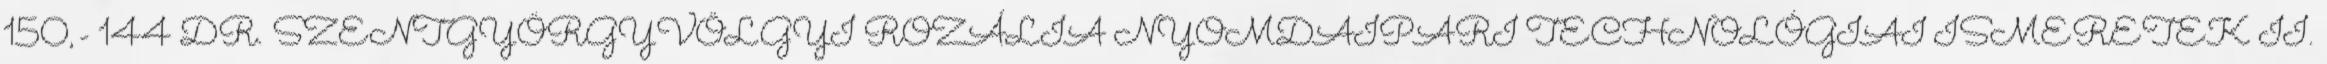
150,- 144 DR. SZENTGYÖRGYVÖLGYI ROZÁLIA NYOMDAIPARI TECHNOLÓGIAI ISMERETEK II.